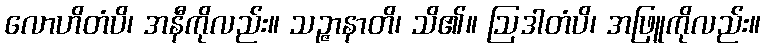
လောဟိတံပိ၊ အနီကိုလည်း။ သဉ္ဇာနာတိ၊ သိ၏။ ဩဒါတံပိ၊ အဖြူကိုလည်း။